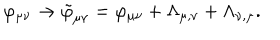
\varphi _ { \mu \nu } \rightarrow \tilde { \varphi } _ { \mu \nu } = \varphi _ { \mu \nu } + \Lambda _ { \mu , \nu } + \Lambda _ { \nu , \mu } .